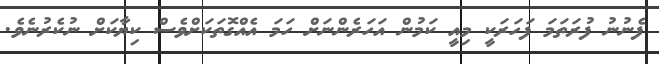
ފެނުނު ފުރަތަމަ ފަހަރަކީ މިއީ ކަމުން އަހަރެންނަށް ހަމަ އެއްގޮތަކަށްވެސް ކިޔާކަށް ނުކެރުނެވެ.